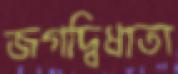
জগদ্বিধাতা